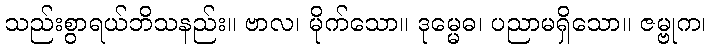
သည်းစွာရယ်ဘိသနည်း။ ဗာလ၊ မိုက်သော။ ဒုမ္မေဓ၊ ပညာမရှိသော။ ဇမ္ဗုက၊